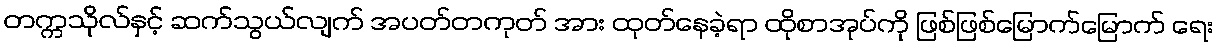
တက္ကသိုလ်နှင့် ဆက်သွယ်လျက် အပတ်တကုတ် အား ထုတ်နေခဲ့ရာ ထိုစာအုပ်ကို ဖြစ်ဖြစ်မြောက်မြောက် ရေး